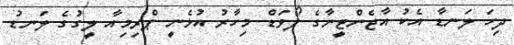
ދިހަ ލަނޑާ އެކު އާޖެންޓީނާގެ ފޯވަޑް މިހާރު އުޅެނީ ޕްރިމިއާ ލީގުގެ ލަނޑު